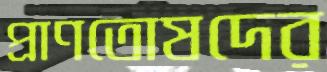
প্রাণতোষদের